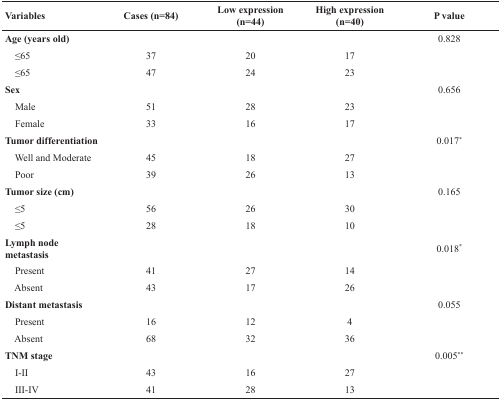
<table><thead><tr><td><b>Variables</b></td><td><b>Cases (n=84)</b></td><td><b>Low expression (n=44)</b></td><td><b>High expression (n=40)</b></td><td><b>P value</b></td></tr></thead><tbody><tr><td><b>Age (years old)</b></td><td></td><td></td><td></td><td>0.828</td></tr><tr><td> ≤65</td><td>37</td><td>20</td><td>17</td><td></td></tr><tr><td> ≤65</td><td>47</td><td>24</td><td>23</td><td></td></tr><tr><td><b>Sex</b></td><td></td><td></td><td></td><td>0.656</td></tr><tr><td> Male</td><td>51</td><td>28</td><td>23</td><td></td></tr><tr><td> Female</td><td>33</td><td>16</td><td>17</td><td></td></tr><tr><td><b>Tumor differentiation</b></td><td></td><td></td><td></td><td>0.017<sup>*</sup></td></tr><tr><td> Well and Moderate</td><td>45</td><td>18</td><td>27</td><td></td></tr><tr><td> Poor</td><td>39</td><td>26</td><td>13</td><td></td></tr><tr><td><b>Tumor size (cm)</b></td><td></td><td></td><td></td><td>0.165</td></tr><tr><td> ≤5</td><td>56</td><td>26</td><td>30</td><td></td></tr><tr><td> ≤5</td><td>28</td><td>18</td><td>10</td><td></td></tr><tr><td><b>Lymph node metastasis</b></td><td></td><td></td><td></td><td>0.018<sup>*</sup></td></tr><tr><td> Present</td><td>41</td><td>27</td><td>14</td><td></td></tr><tr><td> Absent</td><td>43</td><td>17</td><td>26</td><td></td></tr><tr><td><b>Distant metastasis</b></td><td></td><td></td><td></td><td>0.055</td></tr><tr><td> Present</td><td>16</td><td>12</td><td>4</td><td></td></tr><tr><td> Absent</td><td>68</td><td>32</td><td>36</td><td></td></tr><tr><td><b>TNM stage</b></td><td></td><td></td><td></td><td>0.005<sup>**</sup></td></tr><tr><td> I-II</td><td>43</td><td>16</td><td>27</td><td></td></tr><tr><td> III-IV</td><td>41</td><td>28</td><td>13</td><td></td></tr></tbody></table>